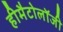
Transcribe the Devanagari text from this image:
हीमैटोलॉजी